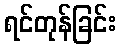
ရင်တုန်ခြင်း